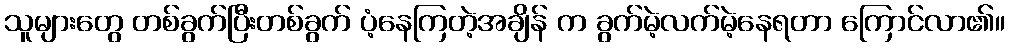
သူများတွေ တစ်ခွက်ပြီးတစ်ခွက် ပံ့နေကြတဲ့အချိန် က ခွက်မဲ့လက်မဲ့နေရတာ ကြောင်လာ၏။